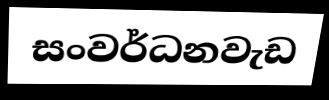
සංවර්ධනවැඩ